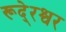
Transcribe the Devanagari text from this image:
रूदे्रश्वर